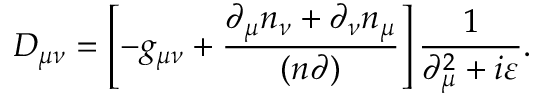
D _ { \mu \nu } = \left[ - g _ { \mu \nu } + \frac { \partial _ { \mu } n _ { \nu } + \partial _ { \nu } n _ { \mu } } { ( n \partial ) } \right] \frac { 1 } { \partial _ { \mu } ^ { 2 } + i \varepsilon } .